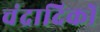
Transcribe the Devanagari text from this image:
चंद्रादिकों